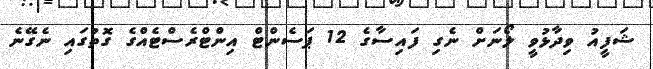
ޝަފީއު ވިދާޅުވީ ލޯނަށް ނެގި ފައިސާގެ 12 ޕަސެންޓް އިންޓްރެސްޓެއްގެ ގޮތުގައި ނެގޭނެ